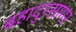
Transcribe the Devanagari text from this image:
बहादुरसागर